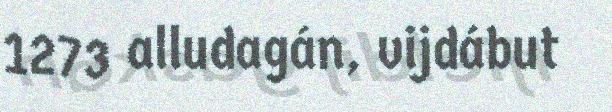
1273 alludagán, vijdábut